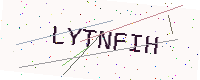
Text: LYTNFIH